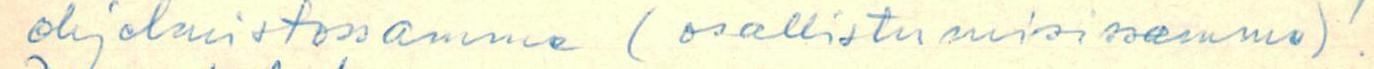
ohjelmistossamme  (osallistumisissamme).